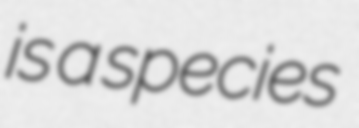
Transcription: is a species